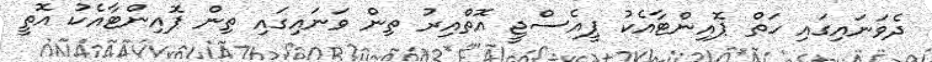
ދެވަނައިގައި ހަތް ޕޮއިންޓާއެކު ޕީއެސްޖީ އޮތްއިރު ތިން ވަނައިގައި ތިން ޕޮއިންޓާއެކު އޮތީ